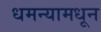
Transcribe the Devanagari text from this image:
धमन्यामधून